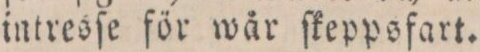
intresſe för wår ſkeppsfart.